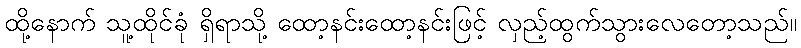
ထို့နောက် သူ့ထိုင်ခုံ ရှိရာသို့ ထော့နင်းထော့နင်းဖြင့် လှည့်ထွက်သွားလေတော့သည်။